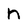
Character: n